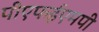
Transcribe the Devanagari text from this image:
पीएफईएमपी